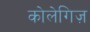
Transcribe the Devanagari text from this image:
कोलेगिज़